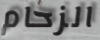
الزحام